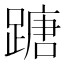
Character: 𨃠